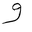
Letter: _waw